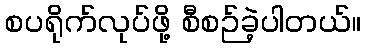
စပရိုက်လုပ်ဖို့ စီစဉ်ခဲ့ပါတယ်။